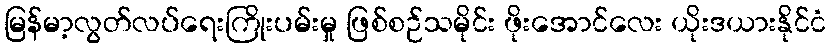
မြန်မာ့လွတ်လပ်ရေးကြိုးပမ်းမှု ဖြစ်စဉ်သမိုင်း ဖိုးအောင်လေး ယိုးဒယားနိုင်ငံ